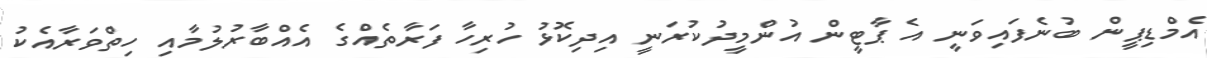
އެމްޑިޕީން ބުނެފައިވަނީ އެ ޕާޓީން އުންމީދުކުރަނީ އިދިކޮޅު ހުރިހާ ފަރާތެއްގެ އެއްބާރުލުމާއި ހިތްވަރާއެކު